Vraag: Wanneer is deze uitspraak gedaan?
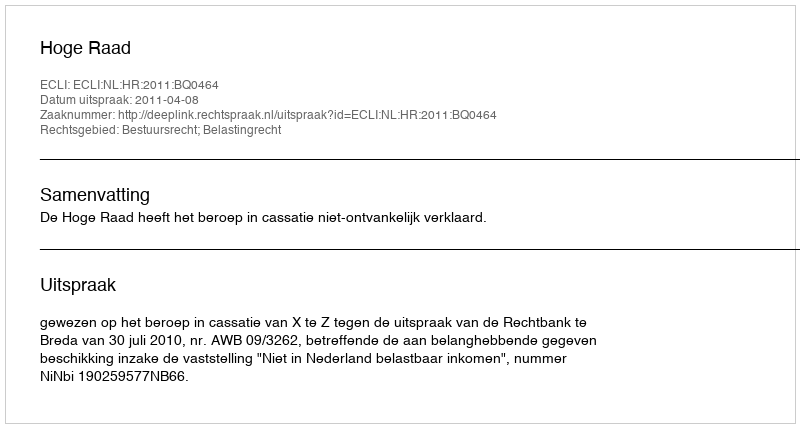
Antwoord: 2011-04-08